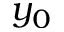
y _ { 0 }